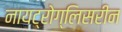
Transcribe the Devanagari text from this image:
नायट्रोग्लिसरीन